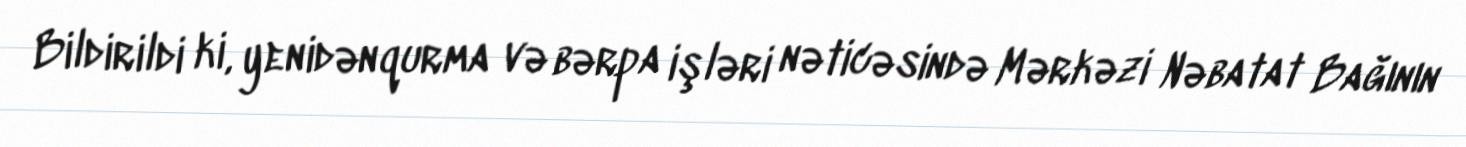
Bildirildi ki, yenidənqurma və bərpa işləri nəticəsində Mərkəzi Nəbatat Bağının